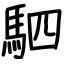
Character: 駟